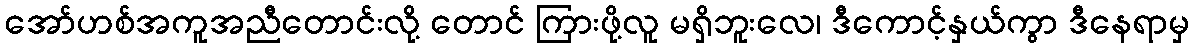
အော်ဟစ်အကူအညီတောင်းလို့ တောင် ကြားဖို့လူ မရှိဘူးလေ၊ ဒီကောင့်နှယ်ကွာ ဒီနေရာမှ